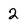
Character: 2